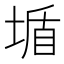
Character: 𡎆